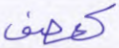
كعصف